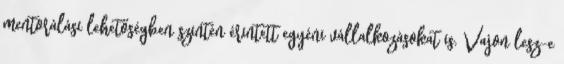
mentorálási lehetőségben szintén érintett egyéni vállalkozásokat is. Vajon lesz-e